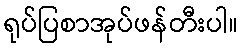
ရုပ်ပြစာအုပ်ဖန်တီးပါ။